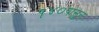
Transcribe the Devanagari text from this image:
१४०पासून